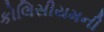
કોલિસીયમની